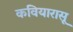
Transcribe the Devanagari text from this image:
कवियारासू